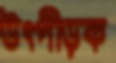
উৎপীড়ক